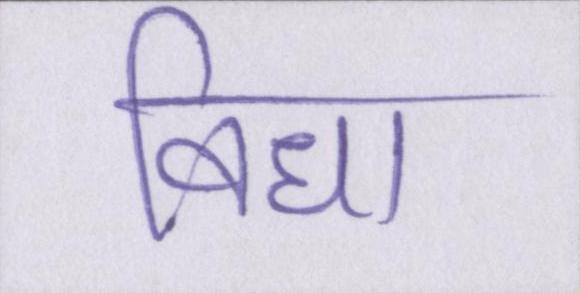
विधा